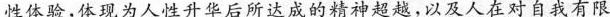
性体验，体现为人性升华后所达成的精神超越，以人在对自我有限